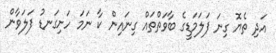
އަދި ތެޔޮ ގިނަ ފަލަމަޑީގެ ބާވަތްތައް ގިނައިން ކާ ނަމަ ހަށިގަނޑު ފަލަވާން